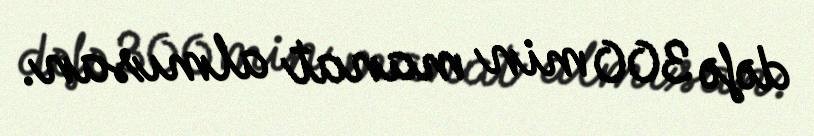
dəfə 300 min manat almısan.